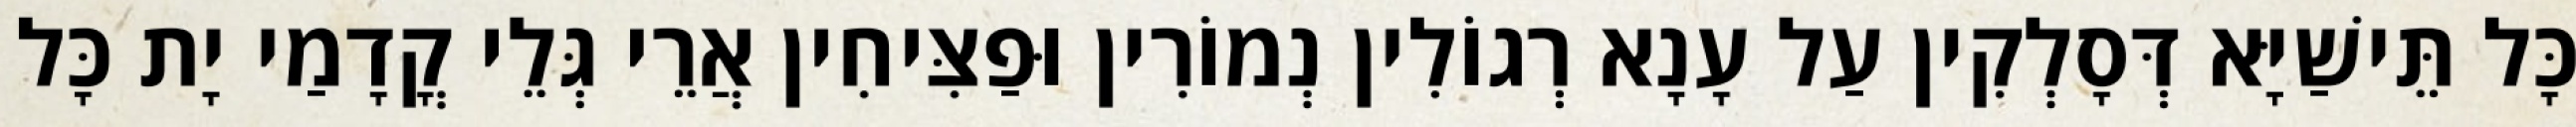
כָּל תֵּישַׁיָּא דְּסָלְקִין עַל עָנָא רְגוֹלִין נְמוֹרִין וּפַצִּיחִין אֲרֵי גְּלֵי קֳדָמַי יָת כָּל